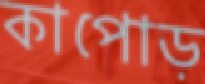
কাপোড়